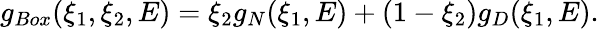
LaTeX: g_{Box}(\xi_{1},\xi_{2},E)=\xi_{2}g_{N}(\xi_{1},E)+(1-\xi_{2})g_{D}(\xi_{1},E).